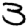
Digit: 3